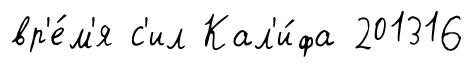
вр'е́м'я с'ил Кал'и́фа 201316